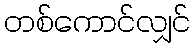
တစ်ကောင်လျှင်